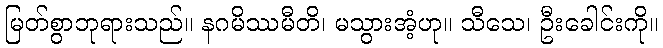
မြတ်စွာဘုရားသည်။ နဂမိဿမီတိ၊ မသွားအံ့ဟု။ သီသေ၊ ဦးခေါင်းကို။